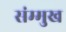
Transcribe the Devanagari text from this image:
संम्मुख